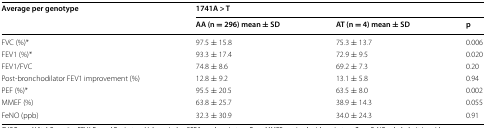
<table><thead><tr><td rowspan="2"><b>Average per genotype</b></td><td colspan="3"><b>1741A &gt; T</b></td></tr><tr><td><b>AA (n = 296) mean ± SD</b></td><td><b>AT (n = 4) mean ± SD</b></td><td><b>p</b></td></tr></thead><tbody><tr><td>FVC (%)*</td><td>97.5 ± 15.8</td><td>75.3 ± 13.7</td><td>0.006</td></tr><tr><td>FEV1 (%)*</td><td>93.3 ± 17.4</td><td>72.9 ± 9.5</td><td>0.020</td></tr><tr><td>FEV1/FVC</td><td>74.8 ± 8.6</td><td>69.2 ± 7.3</td><td>0.20</td></tr><tr><td>Post-bronchodilator FEV1 improvement (%)</td><td>12.8 ± 9.2</td><td>13.1 ± 5.8</td><td>0.94</td></tr><tr><td>PEF (%)*</td><td>95.5 ± 20.5</td><td>63.5 ± 8.0</td><td>0.002</td></tr><tr><td>MMEF (%)</td><td>63.8 ± 25.7</td><td>38.9 ± 14.3</td><td>0.055</td></tr><tr><td>FeNO (ppb)</td><td>32.3 ± 30.9</td><td>34.0 ± 24.3</td><td>0.91</td></tr></tbody></table>